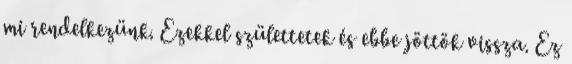
mi rendelkezünk. Ezekkel születtetek és ebbe jöttök vissza. Ez